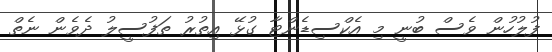
ފުލުހުން ވެސް ބުނީ މި އެކްސިޑެންޓާ ގުޅޭ އިތުރު ތަފުސީލު ދެވެން ނެތް